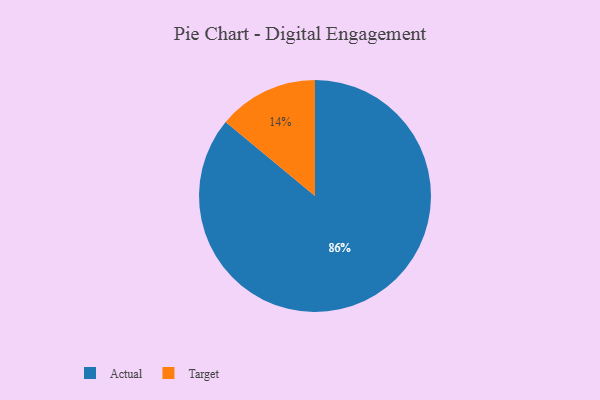
{"axis": {"x": "Category", "y": "Percentage"}, "legend": ["Actual", "Target"], "data": [{"x": "Target", "y": 14, "type": "Target"}, {"x": "Actual", "y": 86, "type": "Actual"}]}